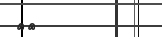
٣٢